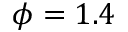
\phi = 1 . 4